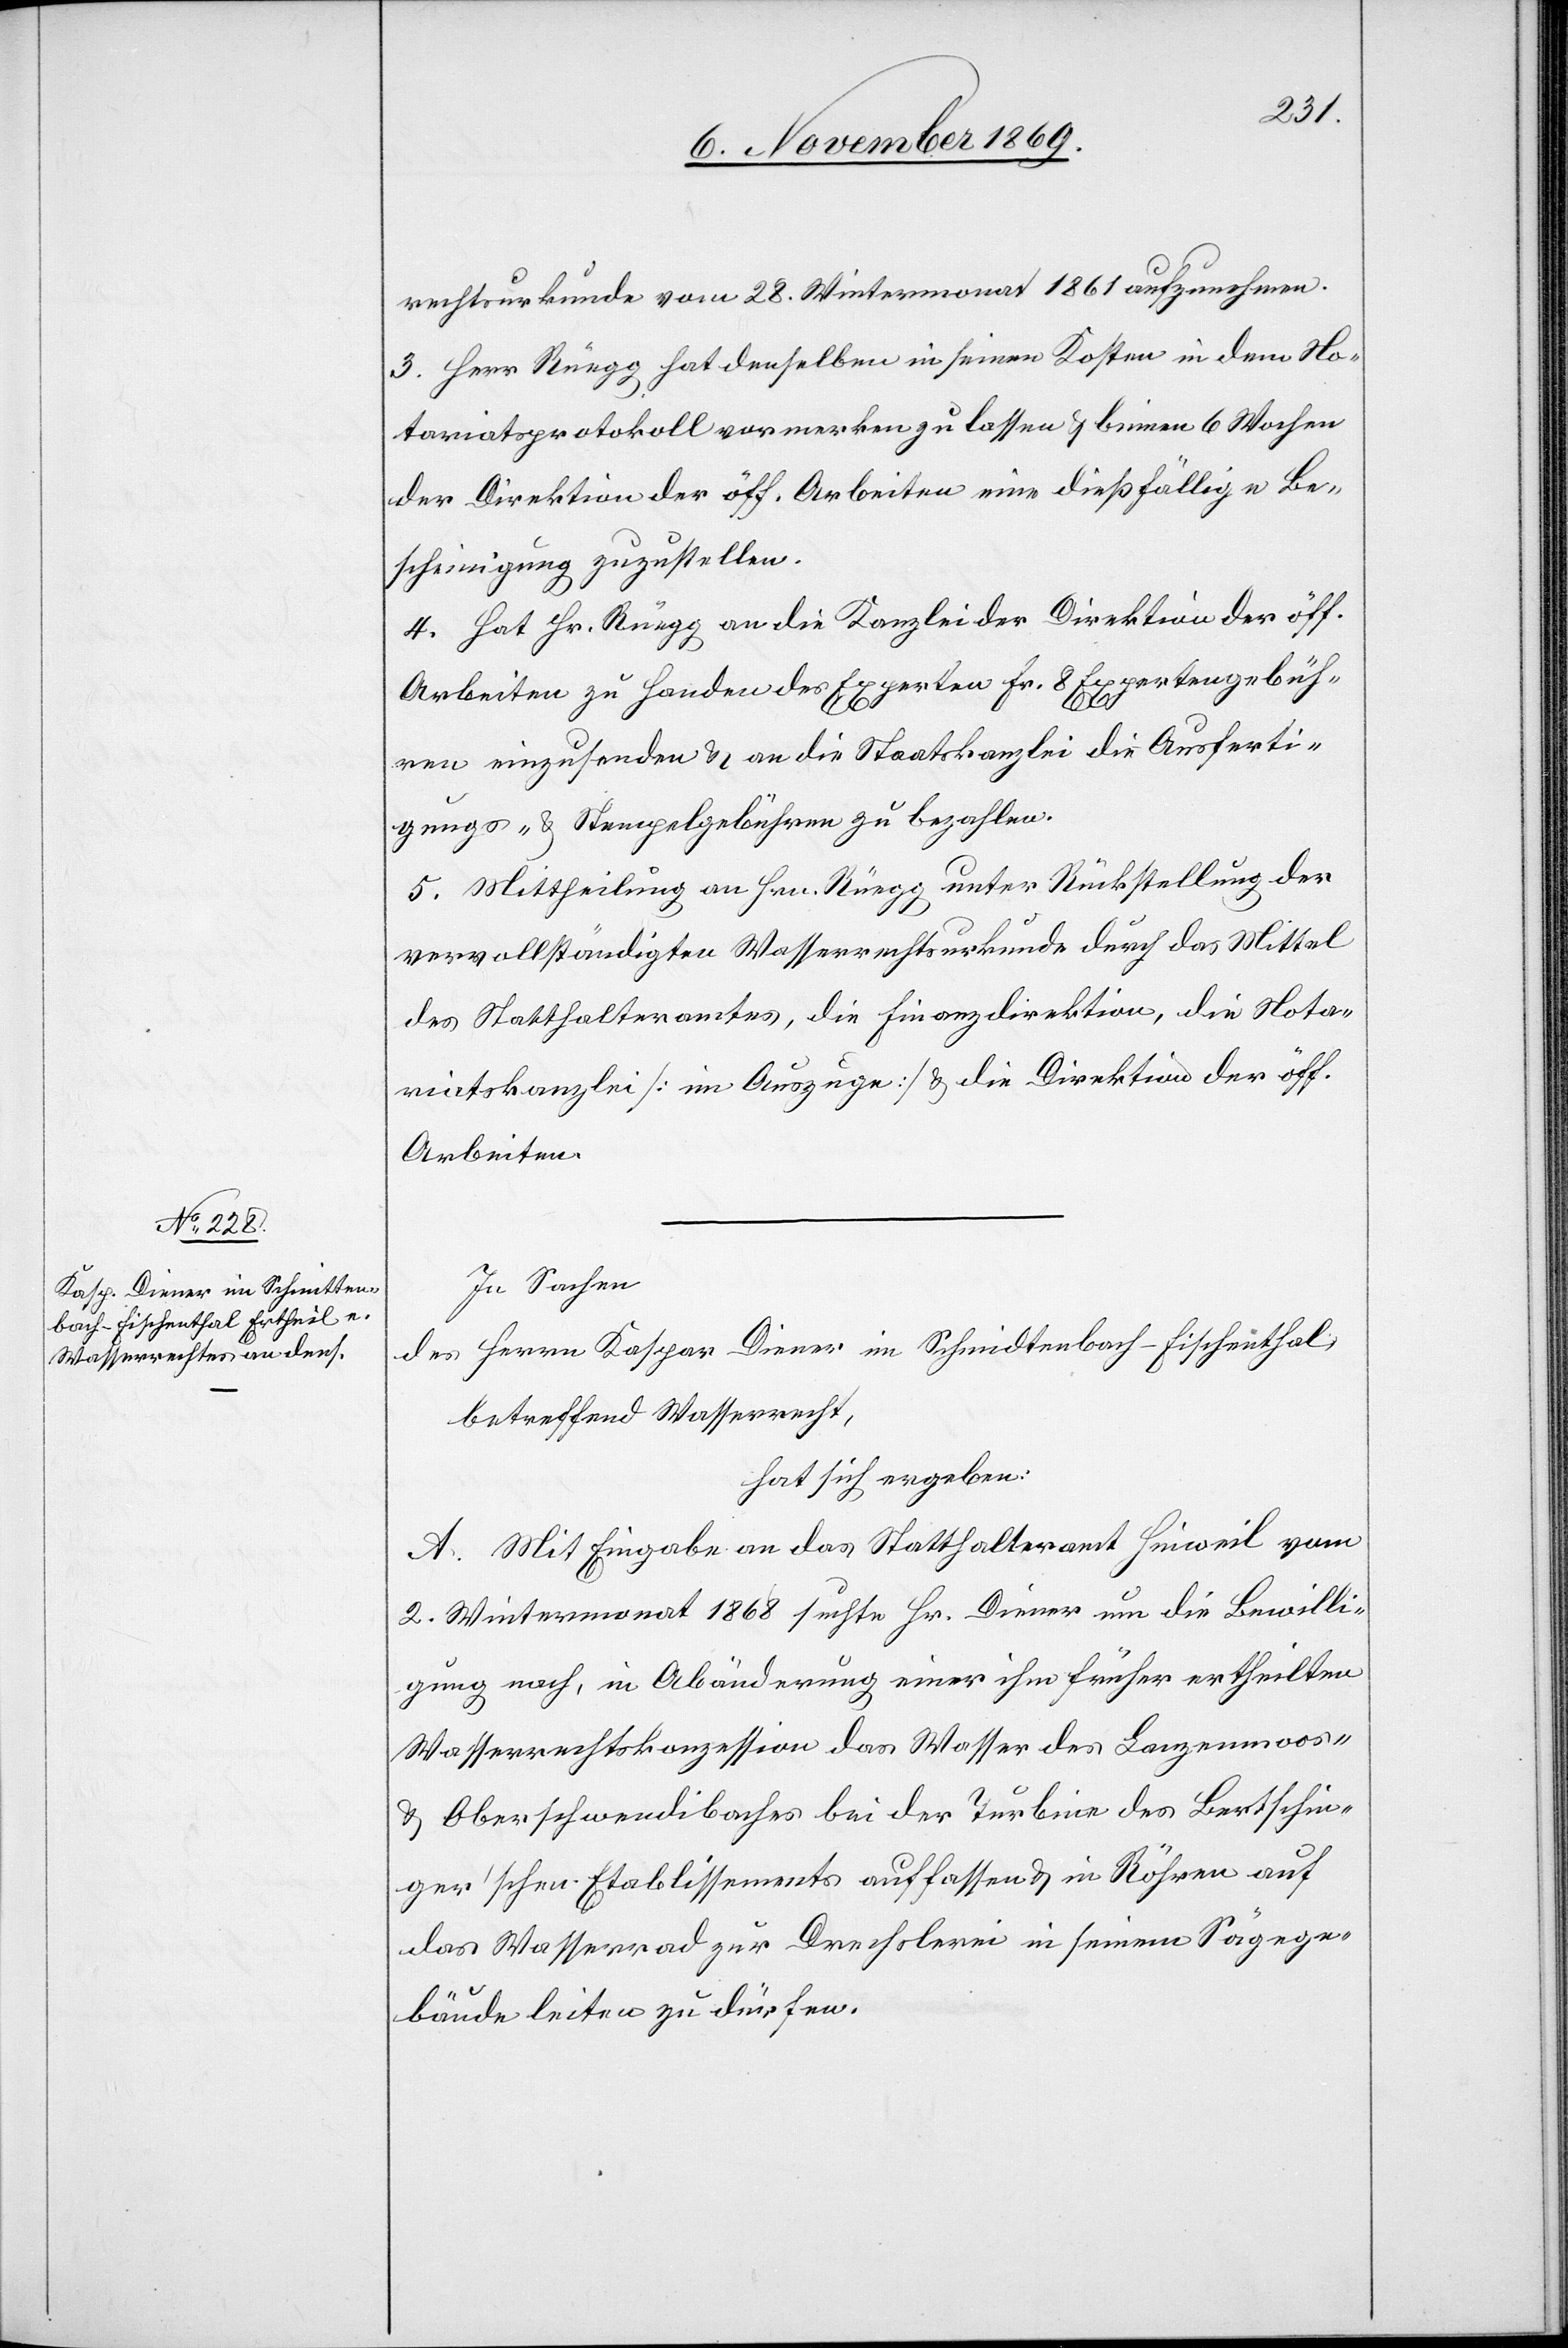
rechtsurkunde vom 28. Wintermonat 1861 aufzunehmen.
3. Herr Rüegg hat denselben in seinen Kosten in dem No¬
tariatsprotokoll vormerken zu lassen & binnen 6 Wochen
der Direktion der öff. Arbeiten eine dießfällige Be¬
scheinigung zuzustellen.
4. Hat Hr. Rüegg an die Kanzlei der Direktion der öff.
Arbeiten zu Handen des Experten Fr. 8 Expertengebüh¬
ren einzusenden & an die Staatskanzlei die Ausferti¬
gungs- & Stempelgebühren zu bezahlen.
5. Mittheilung an Hrn. Rüegg unter Rückstellung der
vervollständigten Wasserrechtsurkunde durch das Mittel
des Statthalteramtes, die Finanzdirektion, die Nota¬
riatskanzlei [im Auszuge] & die Direktion der öff.
Arbeiten.
In Sachen
des Herrn Kaspar Diener im Schmidtenbach - Fischenthal,
betreffend Wasserrecht,
hat sich ergeben:
A. Mit Eingabe an das Statthalteramt Hinweil vom
2. Wintermonat 1868 suchte Hr. Diener um die Bewilli¬
gung nach, in Abänderung einer ihm früher ertheilten
Wasserrechtskonzession das Wasser des Lanzenmoos-
& Oberschwendibaches bei der Turbine des Bertschin¬
ger’schen Etablissements auffassen & in Röhren auf
das Wasserrad zur Drechslerei in seinem Sägege¬
bäude leiten zu dürfen.